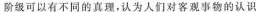
阶级可以有不同的真理，认为人们对客观事物的认识